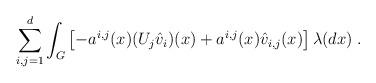
LaTeX: \begin{align*}\sum_{i,j=1}^d \int_{G} \left[-a^{i,j}(x)(U_j \hat v_i)(x) + a^{i,j}(x)\hat v_{i,j}(x) \right] \lambda(dx)\;.\end{align*}